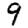
Digit: 9